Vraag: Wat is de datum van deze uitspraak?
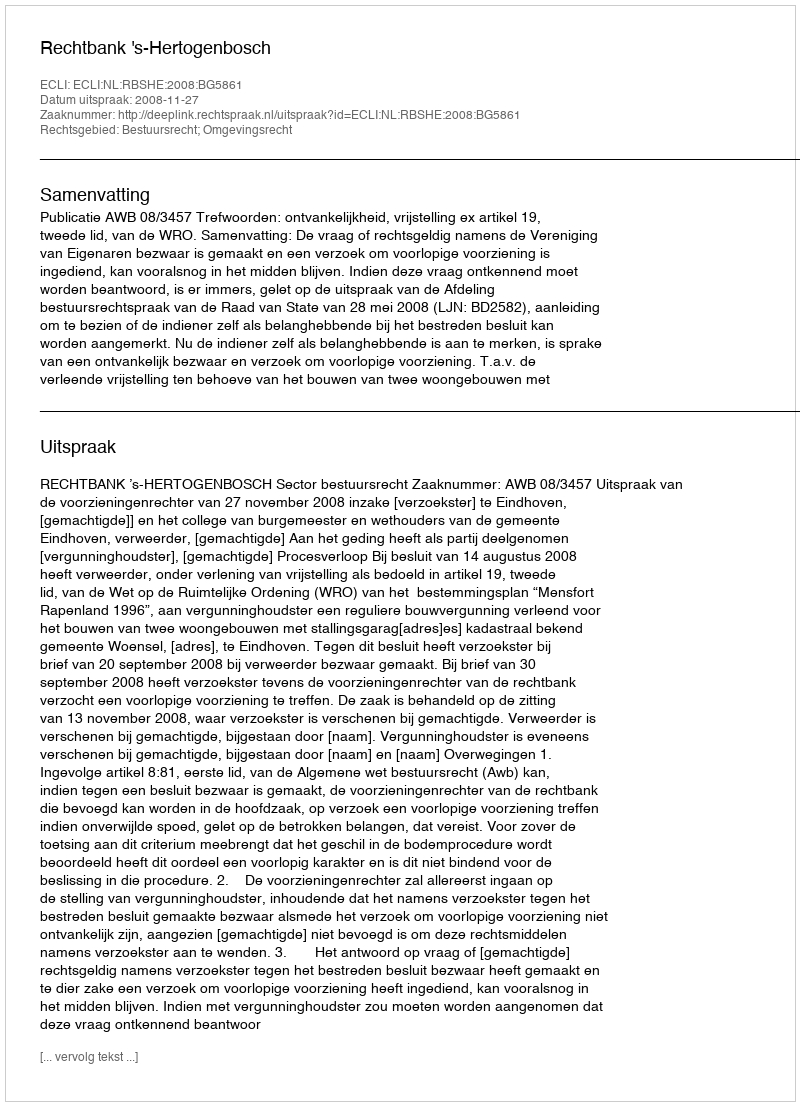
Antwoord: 2008-11-27